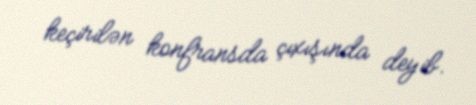
keçirilən konfransda çıxışında deyib.